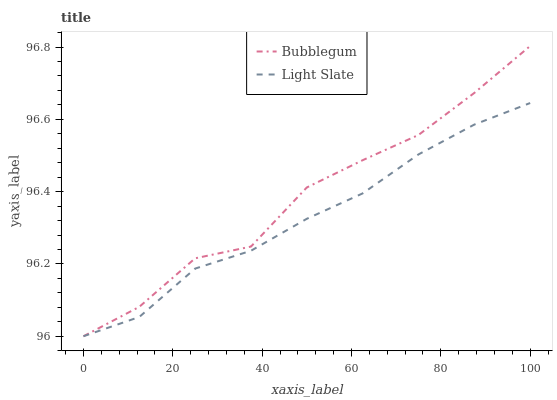
| xaxis_label | Bubblegum | Light Slate |
 | --- | --- | --- |
 | 0 | 96 | 96 |
 | 12.5 | 96.1 | 96.1 |
 | 25 | 96.2 | 96.2 |
 | 37.5 | 96.2 | 96.2 |
 | 50 | 96.4 | 96.3 |
 | 62.5 | 96.5 | 96.4 |
 | 75 | 96.6 | 96.5 |
 | 87.5 | 96.7 | 96.6 |
 | 100 | 96.8 | 96.6 |